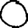
Digit: 0